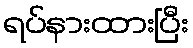
ရပ်နားထားပြီး